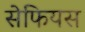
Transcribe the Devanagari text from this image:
सेफियस